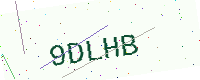
Text: 9DLHB